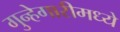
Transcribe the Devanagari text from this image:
गुन्हेगारीमध्ये